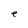
Character: e